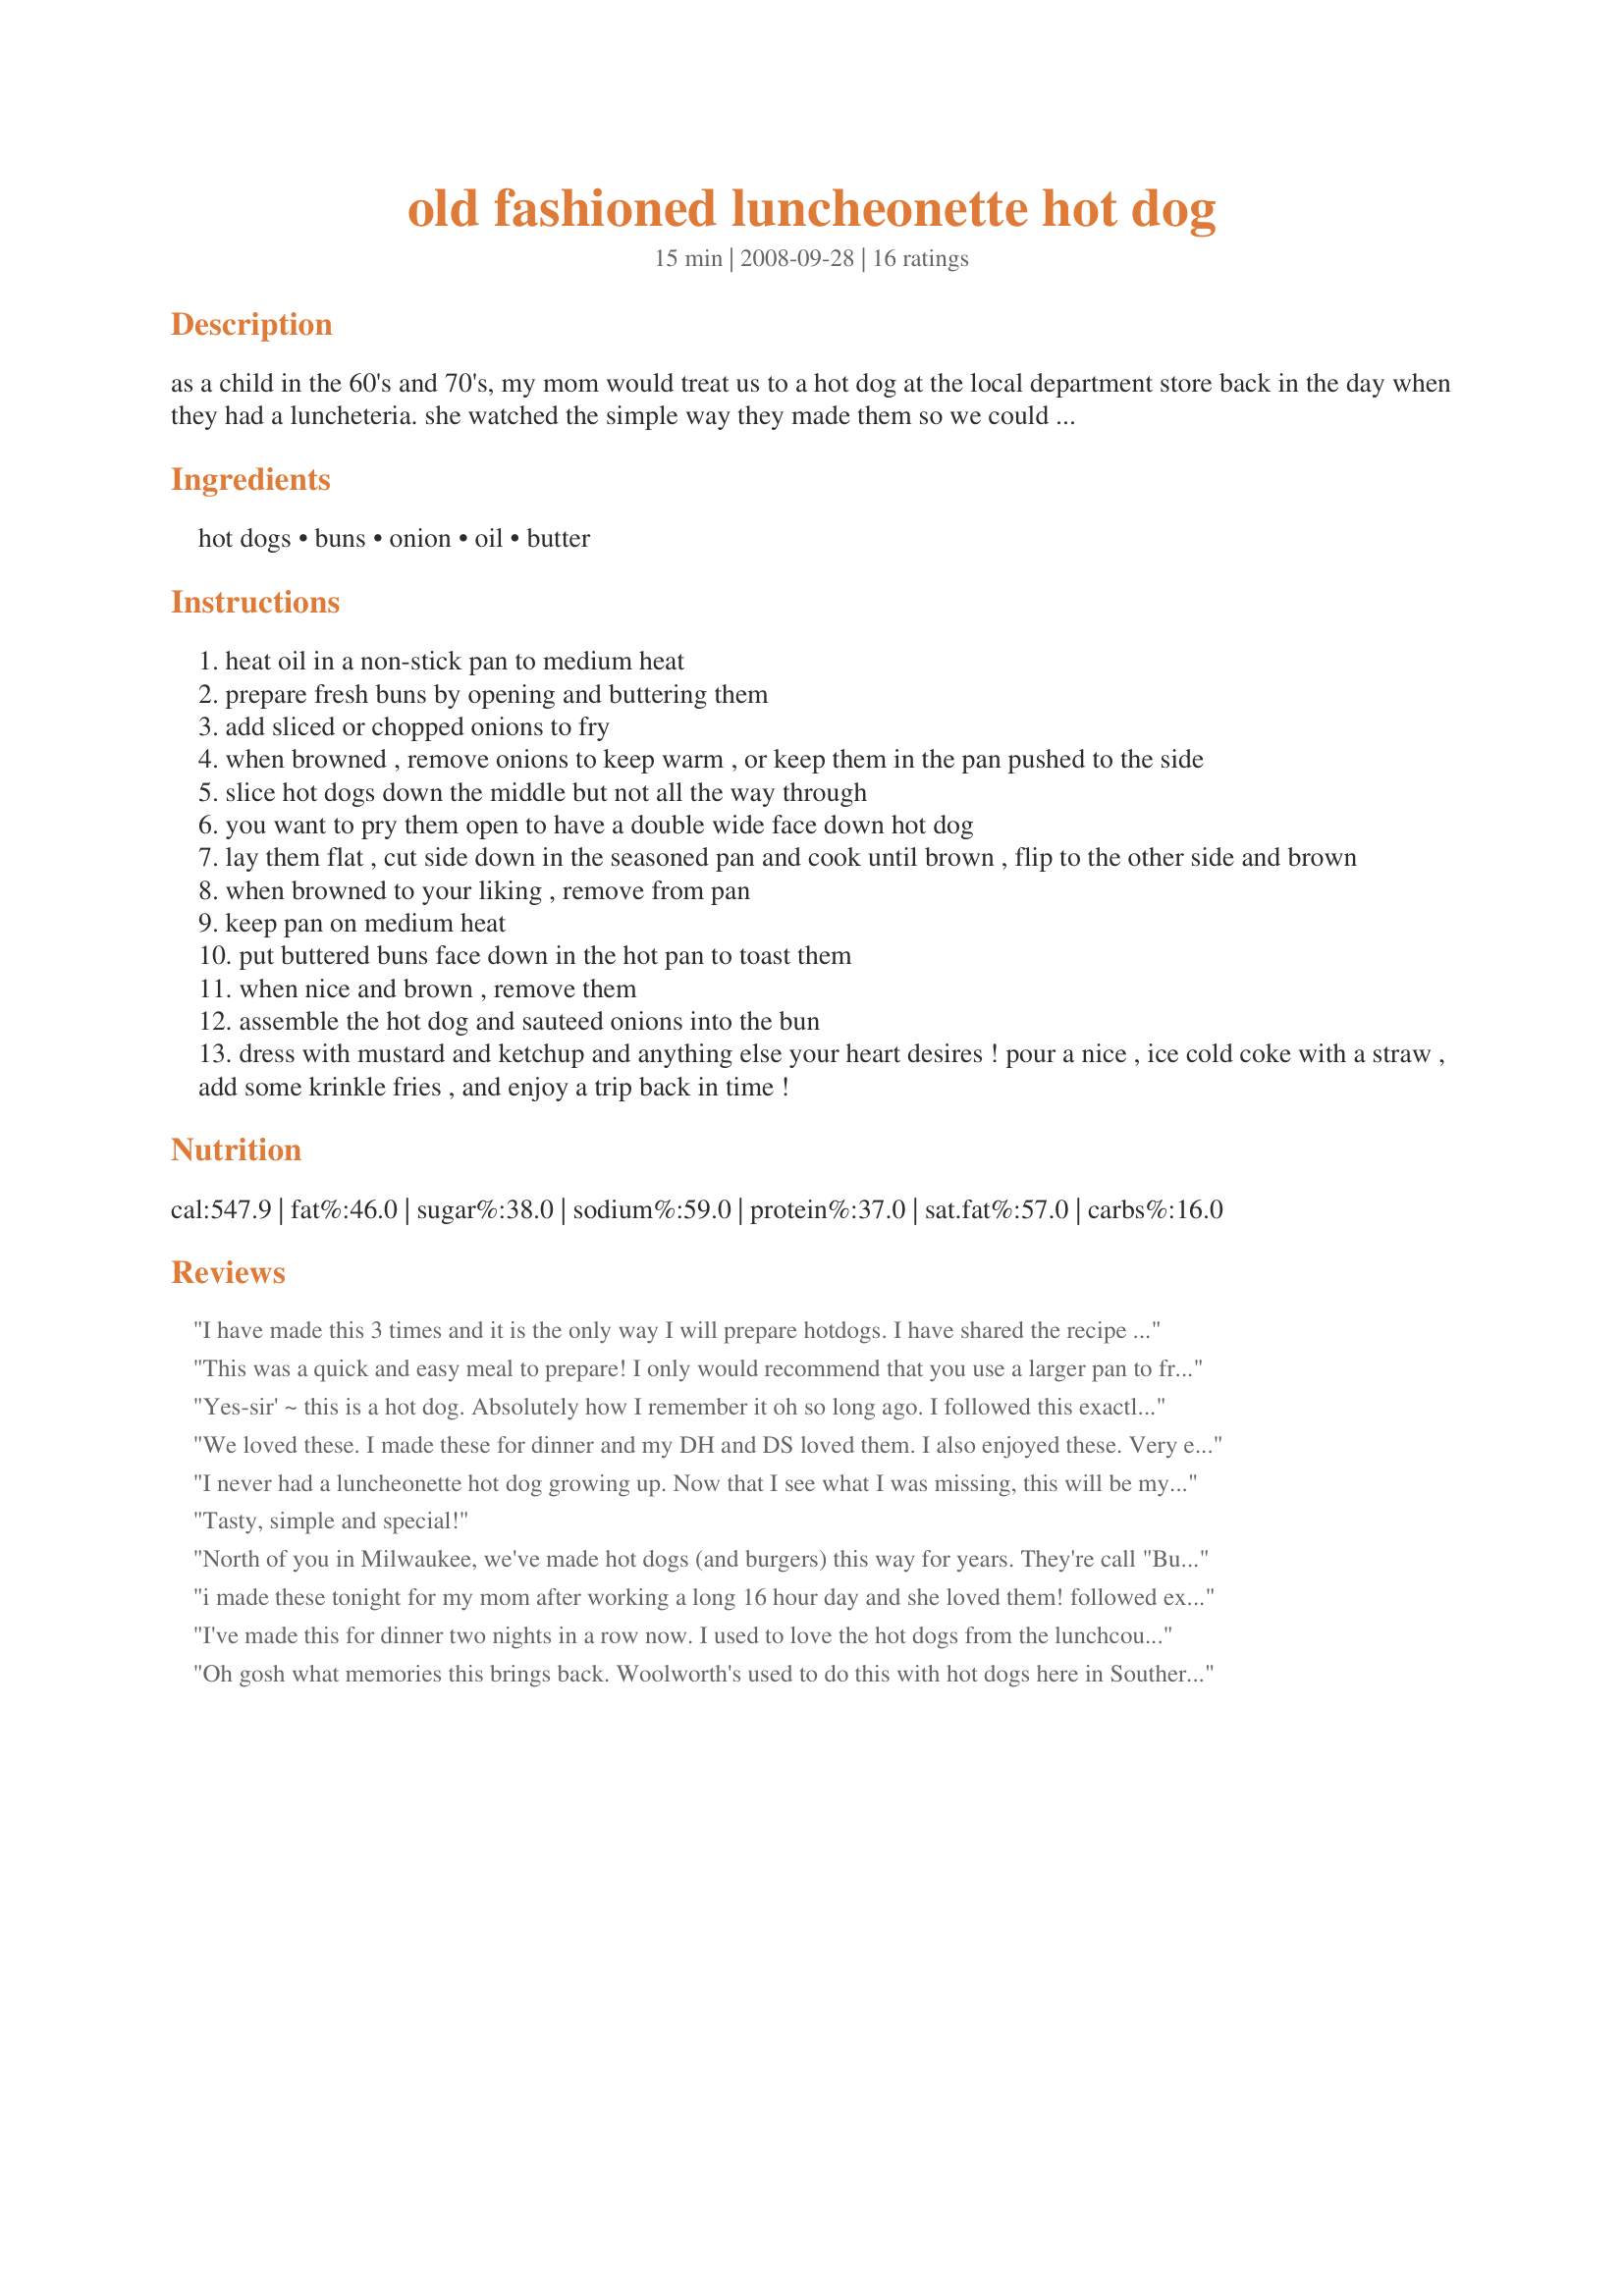
old fashioned luncheonette hot dog
Preparation time: 15 minutes

as a child in the 60's and 70's, my mom would treat us to a hot dog at the local department store back in the day when they had a luncheteria. she watched the simple way they made them so we could enjoy them at home.

they became a staple for our family as a saturday night dinner.

i know some friends of mine raised their eyebrows at the buttering of a bun, but that's how the luncheonette ladies made them and they tasted so good and my friends agreed.

i just used the serving number of 8 to account for 4 servings of two hot dogs apiece, as you can't just have one! always try to use the best quality hot dogs as you can.

Ingredients:
hot dogs, buns, onion, oil, butter

Steps:
heat oil in a non-stick pan to medium heat
prepare fresh buns by opening and buttering them
add sliced or chopped onions to fry
when browned , remove onions to keep warm , or keep them in the pan pushed to the side
slice hot dogs down the middle but not all the way through
you want to pry them open to have a double wide face down hot dog
lay them flat , cut side down in the seasoned pan and cook until brown , flip to the other side and brown
when browned to your liking , remove from pan
keep pan on medium heat
put buttered buns face down in the hot pan to toast them
when nice and brown , remove them
assemble the hot dog and sauteed onions into the bun
dress with mustard and ketchup and anything else your heart desires ! pour a nice , ice cold coke with a straw , add some krinkle fries , and enjoy a trip back in time !

Reviews:
I have made this 3 times and it is the only way I will prepare hotdogs. I have shared the recipe with others.
This was a quick and easy meal to prepare! I only would recommend that you use a larger pan to frying/toasting the buns then when you fried/grilled the weiners. I also recommend using a good tasting weiner such as ballpark or oscar meyer because the wiener is what makes the hot dogs!
Yes-sir' ~ this is a hot dog. Absolutely how I remember it oh so long ago. I followed this exactly, except used "lobster-style" hot dog rolls (cut is in the middle on top instead of the side) which flattened out perfectly for browning. Yum, love the chopped onions on top. Boy, this is just perfect for a lovely Labor Day weekend. Thanks for posting! :)
We loved these. I made these for dinner and my DH and DS loved them. I also enjoyed these. Very easy to make. My son added cheddar cheese to his along with BBQ sauce, but he likes BBQ sauce on everything. We will be making these again. Made these for the PAC Fall o8
I never had a luncheonette hot dog growing up. Now that I see what I was missing, this will be my only hot dog in the future. What a treat! Thanks for posting DiLo. Made for Fall 2009 PAC.
Tasty, simple and special!
North of you in Milwaukee, we've made hot dogs (and burgers) this way for years. They're call "Butter Dogs" or "Butter Burgers". Both are delicious. The buttered and pan fried/cooked buns are what make these truly special!! But--buy butcher shop hot dogs (not a commercial brand)--better taste and quality by far!!
i made these tonight for my mom after working a long 16 hour day and she loved them! followed exactly....next time i might use less oil but these were very good as is thanks!
I've made this for dinner two nights in a row now. I used to love the hot dogs from the lunchcounters of my youth, and this easy recipe fit the bill perfectly! Thanks for posting!
Oh gosh what memories this brings back. Woolworth's used to do this with hot dogs here in Southern California. I'm going to go out right now and get the ingredients. Thanks a lot for reviving a happy memory.
AWESOME! I knew I had to make these when I saw the recipe. Truly a good old-fashioned, all-american hot dog! I used Nathan's hot dogs and topped it with my homemade relish, fresh diced tomatoes and French's mustard. WOW -- So good! Thanks for posting. I will never in my life make my hot dogs any other way!
This was really simple and very good. Thanks for sharing. Made for Cookbook Tag.
Great way to make hot dogs.. tastes like fried bologna.. love it, thanks.
Great recipe! I love a good hot dog! While watching Paula Deen on TV one day, she fried hot dogs using butter instead of frying them in oil! Delish!!
I loved these! My Grandma used to make hotdogs for me this way all the time. Thanks for the memories. MAde for PAC Fall 08.
Very Good. Made these tonight for a simple dinner along with mac & cheese and baked beans. It's not so much the ingredients, but the method that made the hot dogs so good. I am sure we will be enjoying these again soon. Thanks for posting DiLo. :)
